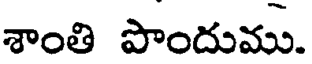
శాంతి పొందుము.